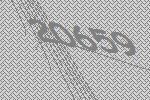
20659